Indian journal of veterinary science and animal husbandry - Volume 4,
Year: 1934
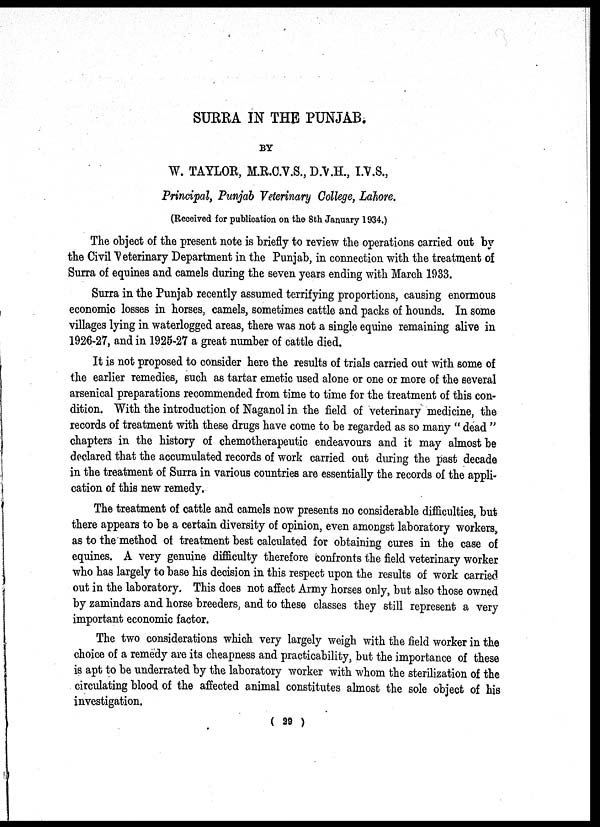
SURRA IN THE PUNJAB.
BY
W. TAYLOR, M.R.C.V.S., D.V.H., I.V.S.,
Principal, Punjab Veterinary College, Lahore.
(Received for publication on the 8th January 1934.)
The object of the present note is briefly to review the operations carried out by
the Civil Veterinary Department in the Punjab, in connection with the treatment of
Surra of equines and camels during the seven years ending with March 1933.
Surra in the Punjab recently assumed terrifying proportions, causing enormous
economic losses in horses, camels, sometimes cattle and packs of hounds. In some
villages lying in waterlogged areas, there was not a single equine remaining alive in
1926-27, and in 1925-27 a great number of cattle died.
It is not proposed to consider here the results of trials carried out with some of
the earlier remedies, such as tartar emetic used alone or one or more of the several
arsenical preparations recommended from time to time for the treatment of this con-
dition. With the introduction of Naganol in the field of veterinary medicine, the
records of treatment with these drugs have come to be regarded as so many " dead "
chapters in the history of chemotherapeutic endeavours and it may almost be
declared that the accumulated records of work carried out during the past decade
in the treatment of Surra in various countries are essentially the records of the appli-
cation of this new remedy.
The treatment of cattle and camels now presents no considerable difficulties, but
there appears to be a certain diversity of opinion, even amongst laboratory workers,
as to the method of treatment best calculated for obtaining cures in the case of
equines. A very genuine difficulty therefore confronts the field veterinary worker
who has largely to base his decision in this respect upon the results of work carried
out in the laboratory. This does not affect Army horses only, but also those owned
by zamindars and horse breeders, and to these classes they still represent a very
important economic factor.
The two considerations which very largely weigh with the field worker in the
choice of a remedy are its cheapness and practicability, but the importance of these
is apt to be underrated by the laboratory worker with whom the sterilization of the
circulating blood of the affected animal constitutes almost the sole object of his
investigation.
( 29 )